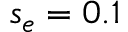
s _ { e } = 0 . 1